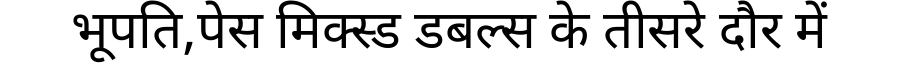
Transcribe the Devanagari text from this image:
भूपति,पेस मिक्स्ड डबल्स के तीसरे दौर में